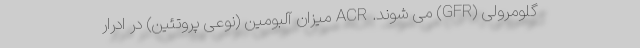
گلومرولی (GFR) می شوند. ACR میزان آلبومین (نوعی پروتئین) در ادرار